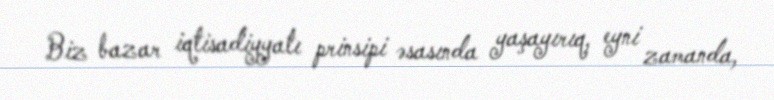
Biz bazar iqtisadiyyatı prinsipi əsasında yaşayırıq, eyni zamanda,